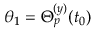
\theta _ { 1 } = \Theta _ { p } ^ { ( y ) } ( t _ { 0 } )